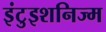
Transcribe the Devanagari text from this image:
इंटुइशनिज्म